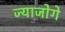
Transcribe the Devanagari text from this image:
ज्याजोगे